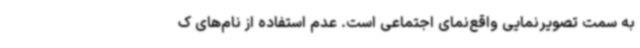
به سمت تصویرنمایی واقع‌نمای اجتماعی است. عدم استفاده از نام‌های ک